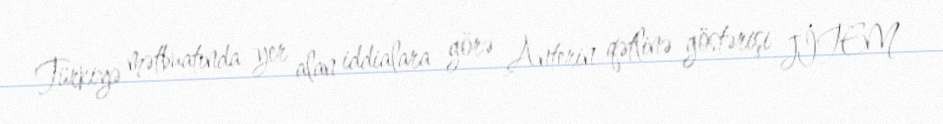
Türkiyə mətbuatında yer alan iddialara görə Anterin qətlinə göstərişi JİTEM